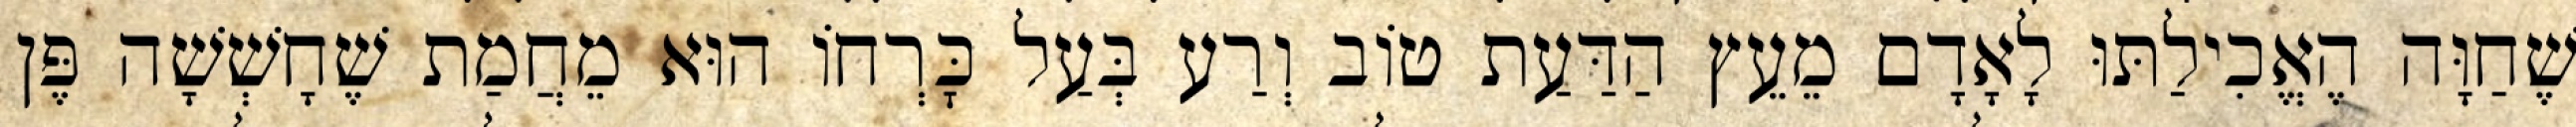
שֶׁחַוָּה הֶאֱכִילַתּוּ לָאָדָם מֵעֵץ הַדַּעַת טוֹב וְרַע בְּעַל כׇּרְחוֹ הוּא מֵחֲמַת שֶׁחָשְׁשָׁה פֶּן